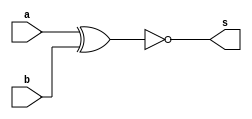
// -------------------------
// Exemplo0023 - comparador para igualdade  
// Nome: Lorena Danielle Gonalves Bento 
// ------------------------- 
// ------------------------- 
// comparador para igualdade
// ------------------------- 

module comp (output [5:0]s, input [5:0]a, input [5:0]b); 
	//-- descrever por portas --
	
assign s = ~(a ^ b);     // EXPERIMENTAR A DEFINICAO POR PORTAS !!!

	
endmodule // comp 

module test_comp; 
// ------------------------- definir dados 
	reg [5:0] x; 
	reg [5:0] y; 	 
	wire [5:0] r; 
	
	comp modulo(r, x, y);

// ------------------------- parte principal 
	initial begin 
		$display("Exemplo0023 - Lorena Danielle Gonalves Bento - 435049"); 
		$display("Teste comparador para igualdade"); 
		
		x = 6'b000000;
		y = 6'b000000;
		
		#1 $display("%b == %b = %b", x, y, r);
		
		
		x = 6'b100100;
		y = 6'b100001;
		
		#1 $display("%b == %b = %b", x, y, r);
		
		x = 6'b111111;
		y = 6'b111111;
		
		#1 $display("%b == %b = %b", x, y, r);
	
	end 
endmodule // test_comp